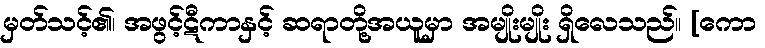
မှတ်သင့်၏၊ အဖွင့်ဋီကာနှင့် ဆရာတို့အယူမှာ အမျိုးမျိုး ရှိလေသည်။ [ကော